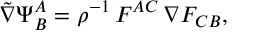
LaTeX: { \tilde { \nabla } } \Psi _ { B } ^ { A } = \rho ^ { - 1 } \, F ^ { A C } \, \nabla F _ { C B } ,